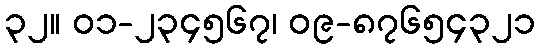
၃၂။ ၀၁-၂၃၄၅၆၇၊ ၀၉-၈၇၆၅၄၃၂၁